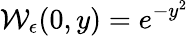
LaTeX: \mathcal{W}_{\epsilon}(0,y)=e^{-y^{2}}